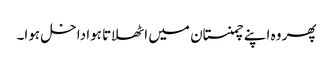
پھر وہ اپنے چمنستان میں اٹھلاتا ہوا داخل ہوا۔